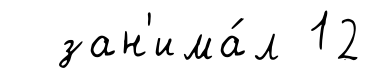
зан'има́л 12